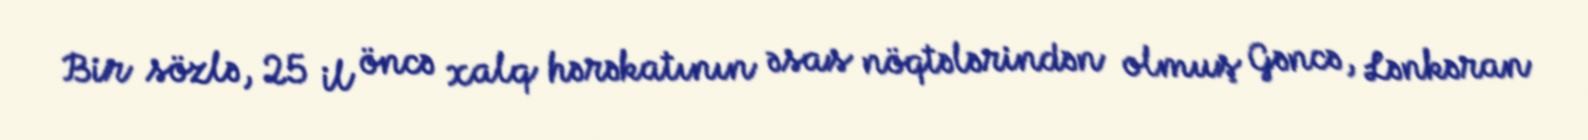
Bir sözlə, 25 il öncə xalq hərəkatının əsas nöqtələrindən olmuş Gəncə, Lənkəran